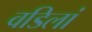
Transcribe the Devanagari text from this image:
वडिलां